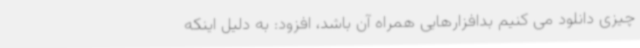
چیزی دانلود می کنیم بدافزارهایی همراه آن باشد، افزود: به دلیل اینکه